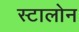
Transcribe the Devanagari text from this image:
स्टालोन